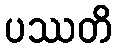
ပဿတိ